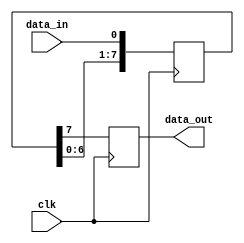
module shift_register (
  input clk,
  input data_in,
  output reg data_out
);

reg [7:0] shift_reg;

always @(posedge clk) begin
  shift_reg <= {shift_reg[6:0], data_in};
  data_out <= shift_reg[7];
end

endmodule